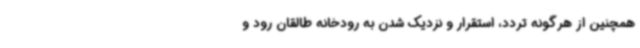
همچنین از هرگونه تردد، استقرار و نزدیک شدن به رودخانه طالقان رود و